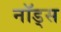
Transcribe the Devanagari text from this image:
नॉड्स